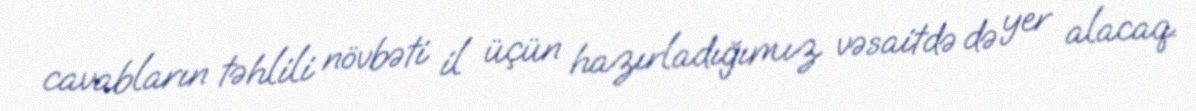
cavabların təhlili növbəti il üçün hazırladığımız vəsaitdə də yer alacaq.